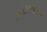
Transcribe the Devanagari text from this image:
ऑन्कोलिटिक